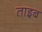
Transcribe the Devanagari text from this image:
ताइब